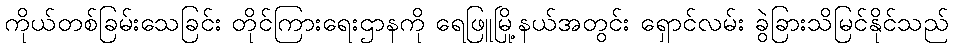
ကိုယ်တစ်ခြမ်းသေခြင်း တိုင်ကြားရေးဌာနကို ရေဖြူမြို့နယ်အတွင်း ရှောင်လမ်း ခွဲခြားသိမြင်နိုင်သည်